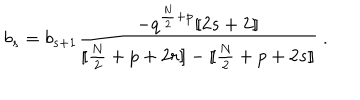
b _ { s } = b _ { s + 1 } { \frac { - q ^ { { \frac { N } { 2 } } + p } [ \! [ 2 s + 2 ] \! ] } { [ \! [ { \frac { N } { 2 } } + p + 2 r ] \! ] - [ \! [ { \frac { N } { 2 } } + p + 2 s ] \! ] } } \ .